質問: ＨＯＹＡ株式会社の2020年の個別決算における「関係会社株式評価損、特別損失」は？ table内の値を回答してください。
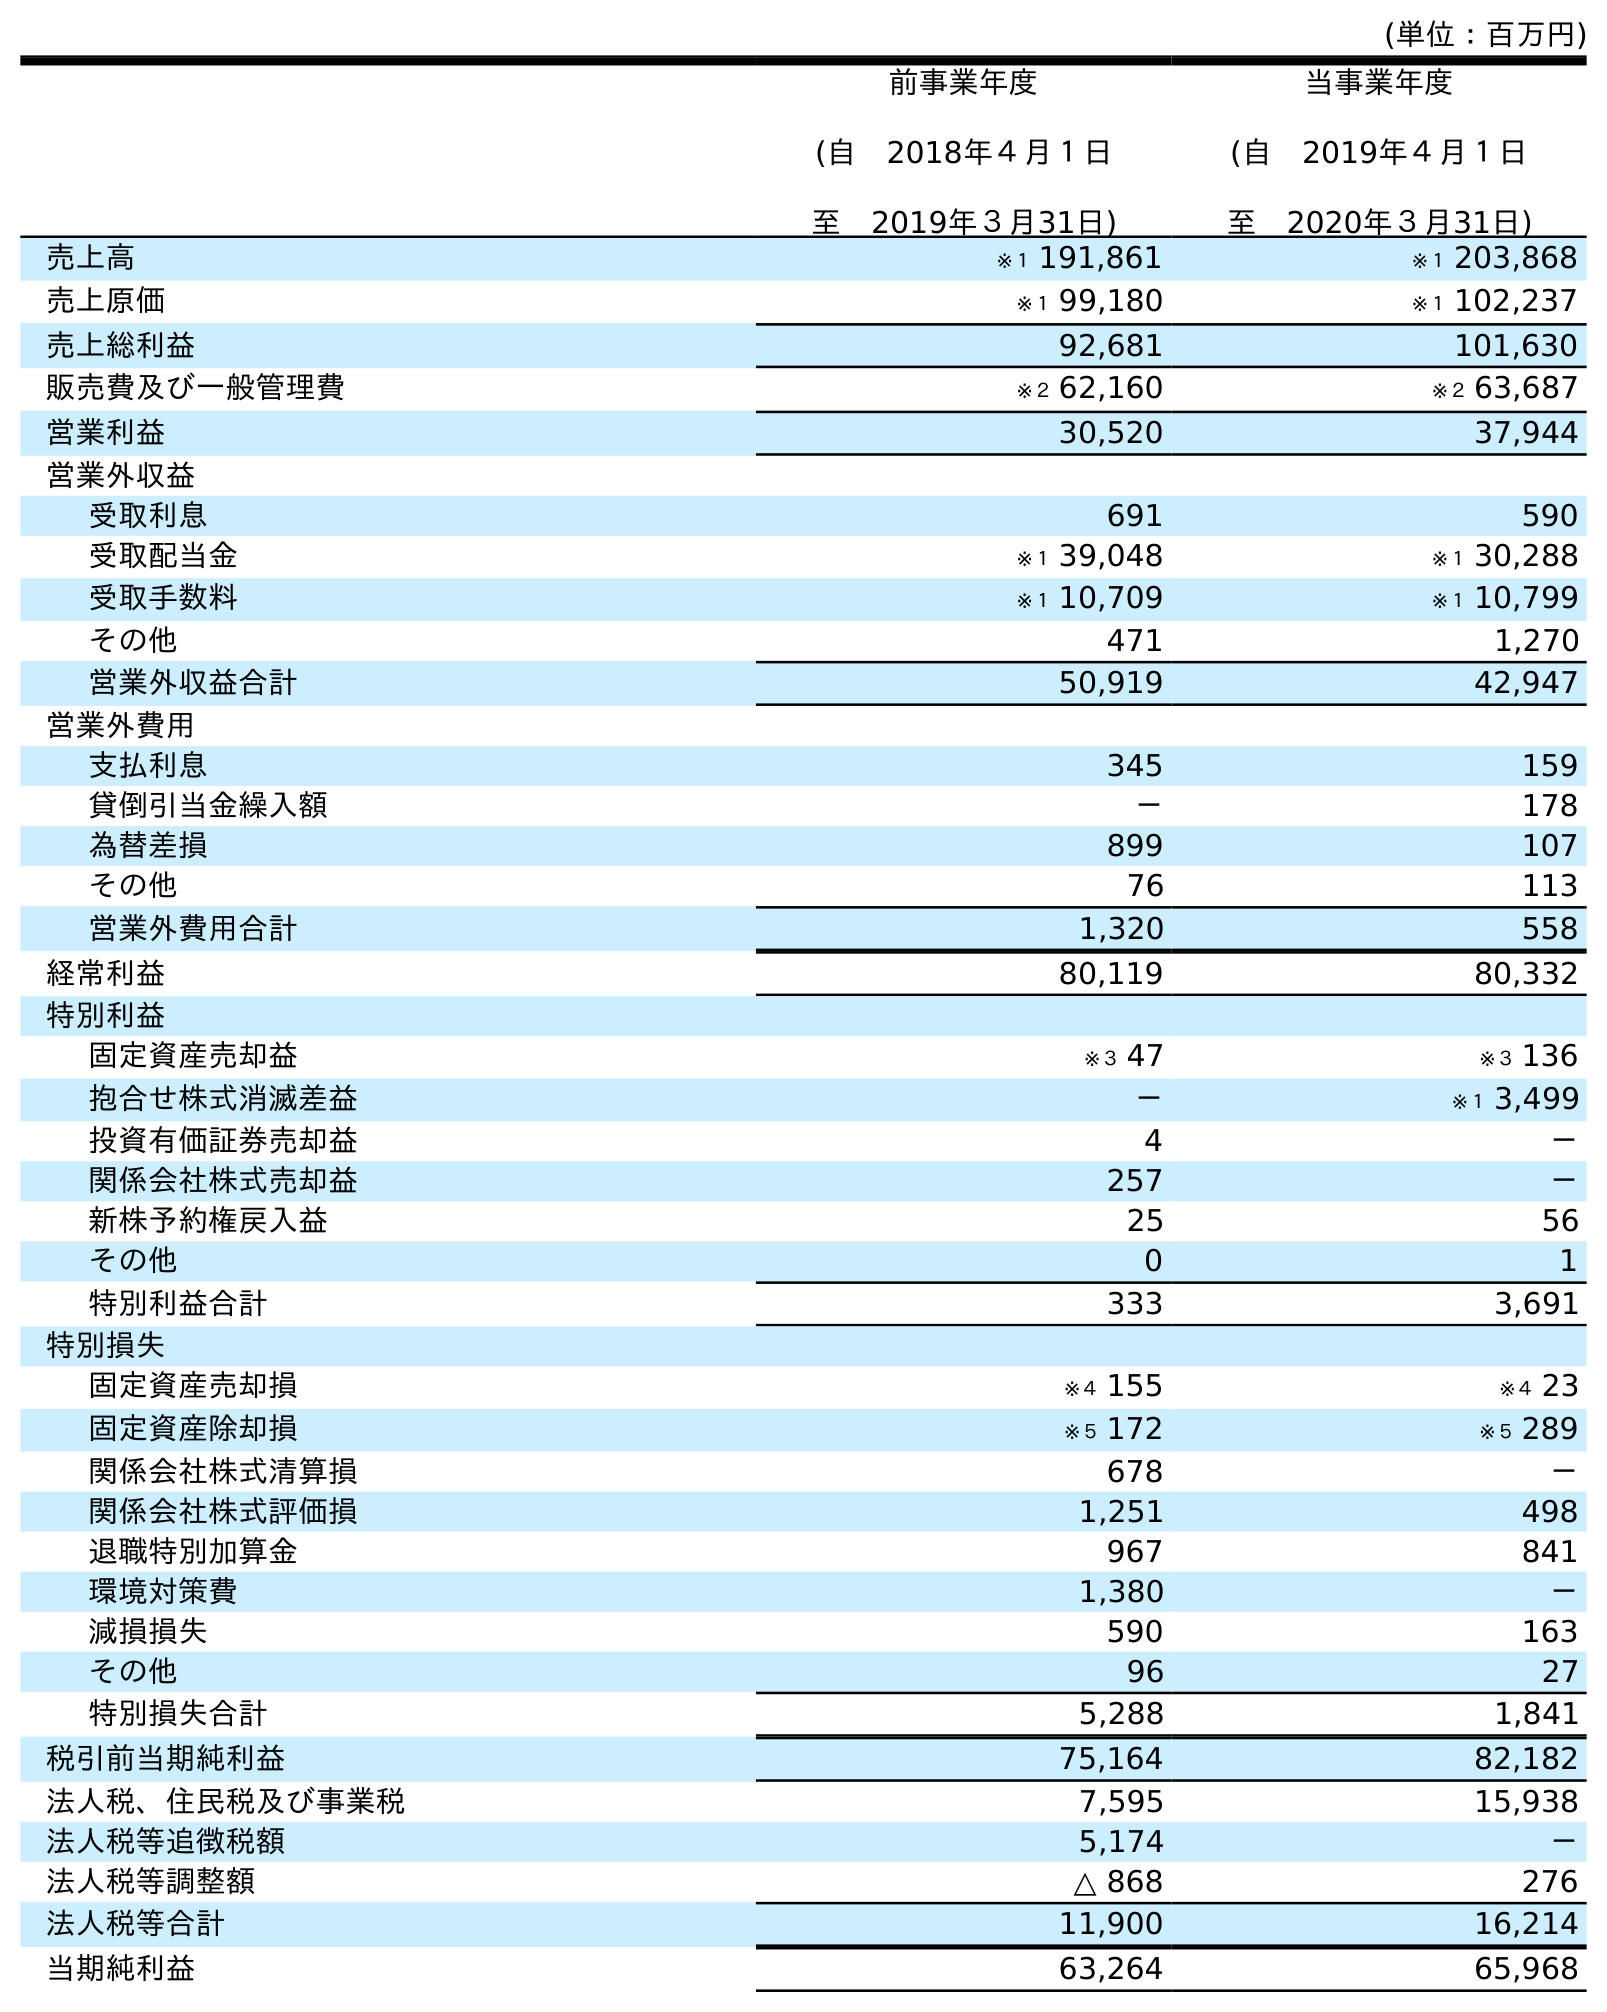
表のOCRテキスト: (単位：百万円) 前事業年度 (自 2018年４月１日 至 2019年３月31日) 当事業年度 (自 2019年４月１日 至 2020年３月31日) 売上高 ※１ 191,861 ※１ 203,868 売上原価 ※１ 99,180 ※１ 102,237 売上総利益 92,681 101,630 販売費及び一般管理費 ※２ 62,160 ※２ 63,687 営業利益 30,520 37,944 営業外収益 受取利息 691 590 受取配当金 ※１ 39,048 ※１ 30,288 受取手数料 ※１ 10,709 ※１ 10,799 その他 471 1,270 営業外収益合計 50,919 42,947 営業外費用 支払利息 345 159 貸倒引当金繰入額 － 178 為替差損 899 107 その他 76 113 営業外費用合計 1,320 558 経常利益 80,119 80,332 特別利益 固定資産売却益 ※３ 47 ※３ 136 抱合せ株式消滅差益 － ※１ 3,499 投資有価証券売却益 4 － 関係会社株式売却益 257 － 新株予約権戻入益 25 56 その他 0 1 特別利益合計 333 3,691 特別損失 固定資産売却損 ※４ 155 ※４ 23 固定資産除却損 ※５ 172 ※５ 289 関係会社株式清算損 678 － 関係会社株式評価損 1,251 498 退職特別加算金 967 841 環境対策費 1,380 － 減損損失 590 163 その他 96 27 特別損失合計 5,288 1,841 税引前当期純利益 75,164 82,182 法人税、住民税及び事業税 7,595 15,938 法人税等追徴税額 5,174 － 法人税等調整額 △ 868 276 法人税等合計 11,900 16,214 当期純利益 63,264 65,968
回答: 498